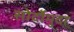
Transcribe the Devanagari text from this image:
सोर्दोमुदा